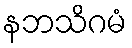
နဘသိဂမံ